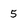
Character: 5